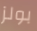
بولز